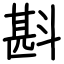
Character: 斟